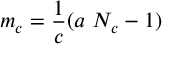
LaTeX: m _ { c } = \frac { 1 } { c } ( a ~ N _ { c } - 1 ) \, \, \, \, \,